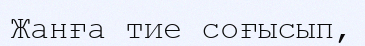
Жанға тие соғысып,